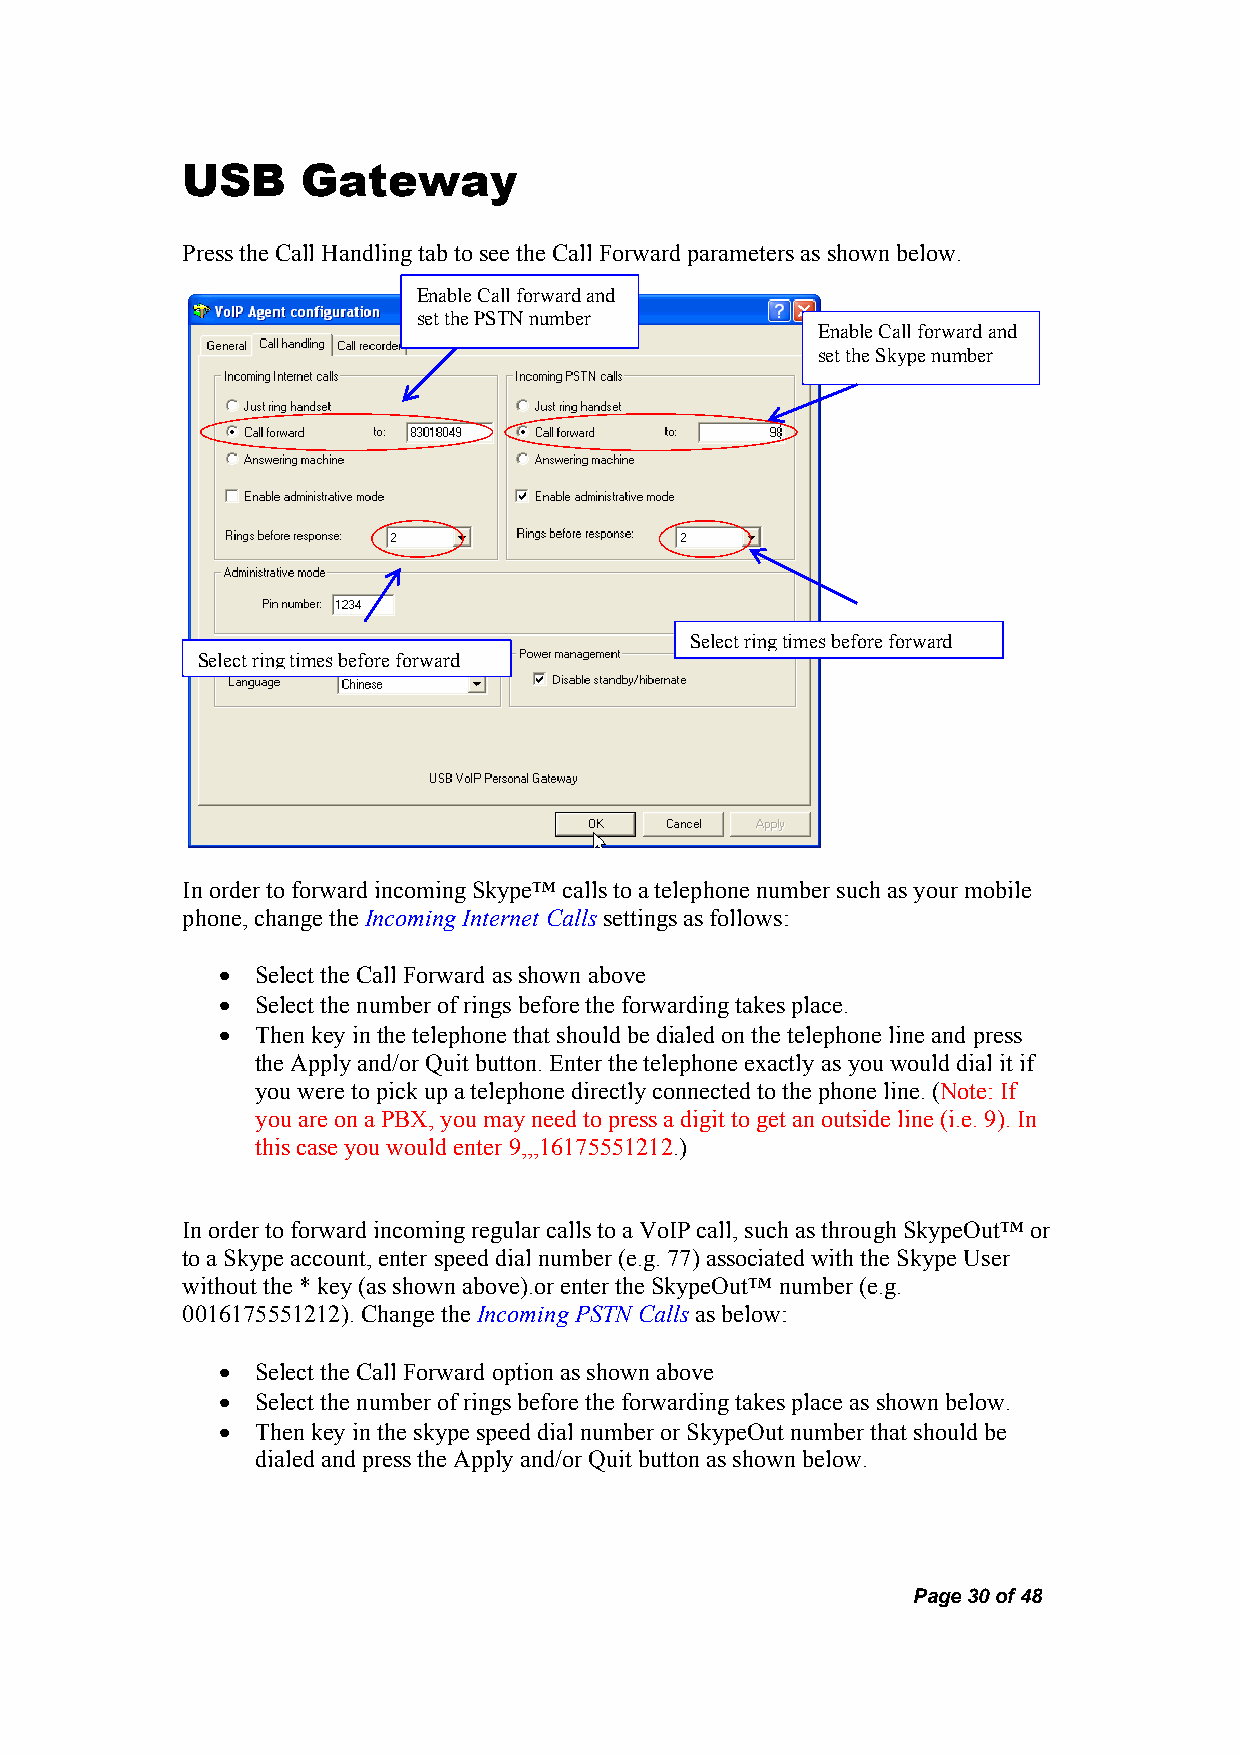
USB     Gateway
 Press the Call Handling tab to see the Call Forward parameters as shown below.
 Enable Call forward and
 set the PSTN number
 Enable Call forward and
 set the Skype number
 Select ring times before forward
 Select ring times before forward
 In order to forward incoming Skype™ calls to a telephone number such as your mobile
 phone, change the Incoming Internet Calls settings as follows:
 •  Select the Call Forward as shown above
 •  Select the number of rings before the forwarding takes place.
 •  Then key in the telephone that should be dialed on the telephone line and press
 the Apply and/or Quit button. Enter the telephone exactly as you would dial it if
 you were to pick up a telephone directly connected to the phone line. (Note: If
 you are on a PBX, you may need to press a digit to get an outside line (i.e. 9). In
 this case you would enter 9,,,16175551212.)
 In order to forward incoming regular calls to a VoIP call, such as through SkypeOut™ or
 to a Skype account, enter speed dial number (e.g. 77) associated with the Skype User
 without the * key (as shown above).or enter the SkypeOut™ number (e.g.
 0016175551212). Change the Incoming PSTN Calls as below:
 •  Select the Call Forward option as shown above
 •  Select the number of rings before the forwarding takes place as shown below.
 •  Then key in the skype speed dial number or SkypeOut number that should be
 dialed and press the Apply and/or Quit button as shown below.
 Page 30 of 48